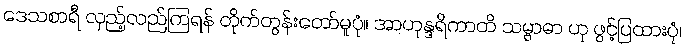
ဒေသစာရီ လှည့်လည်ကြရန် တိုက်တွန်းတော်မူပုံ။ အာဟုန္ဒရိကာတိ သမ္ဗာဓာ ဟု ဖွင့်ပြထားပုံ၊